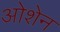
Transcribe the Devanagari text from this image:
ओशेन